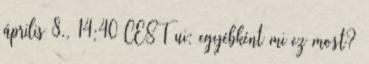
április 8., 14:40 CEST ui: egyébként mi ez most?